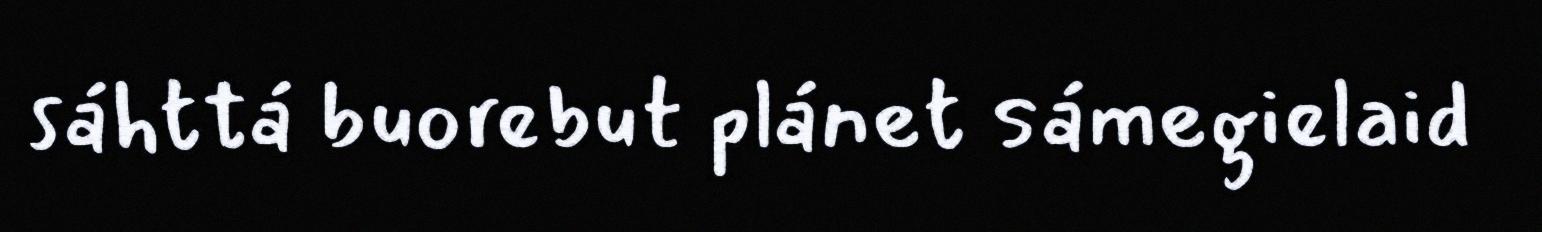
sáhttá buorebut plánet sámegielaid